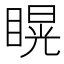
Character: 䁜